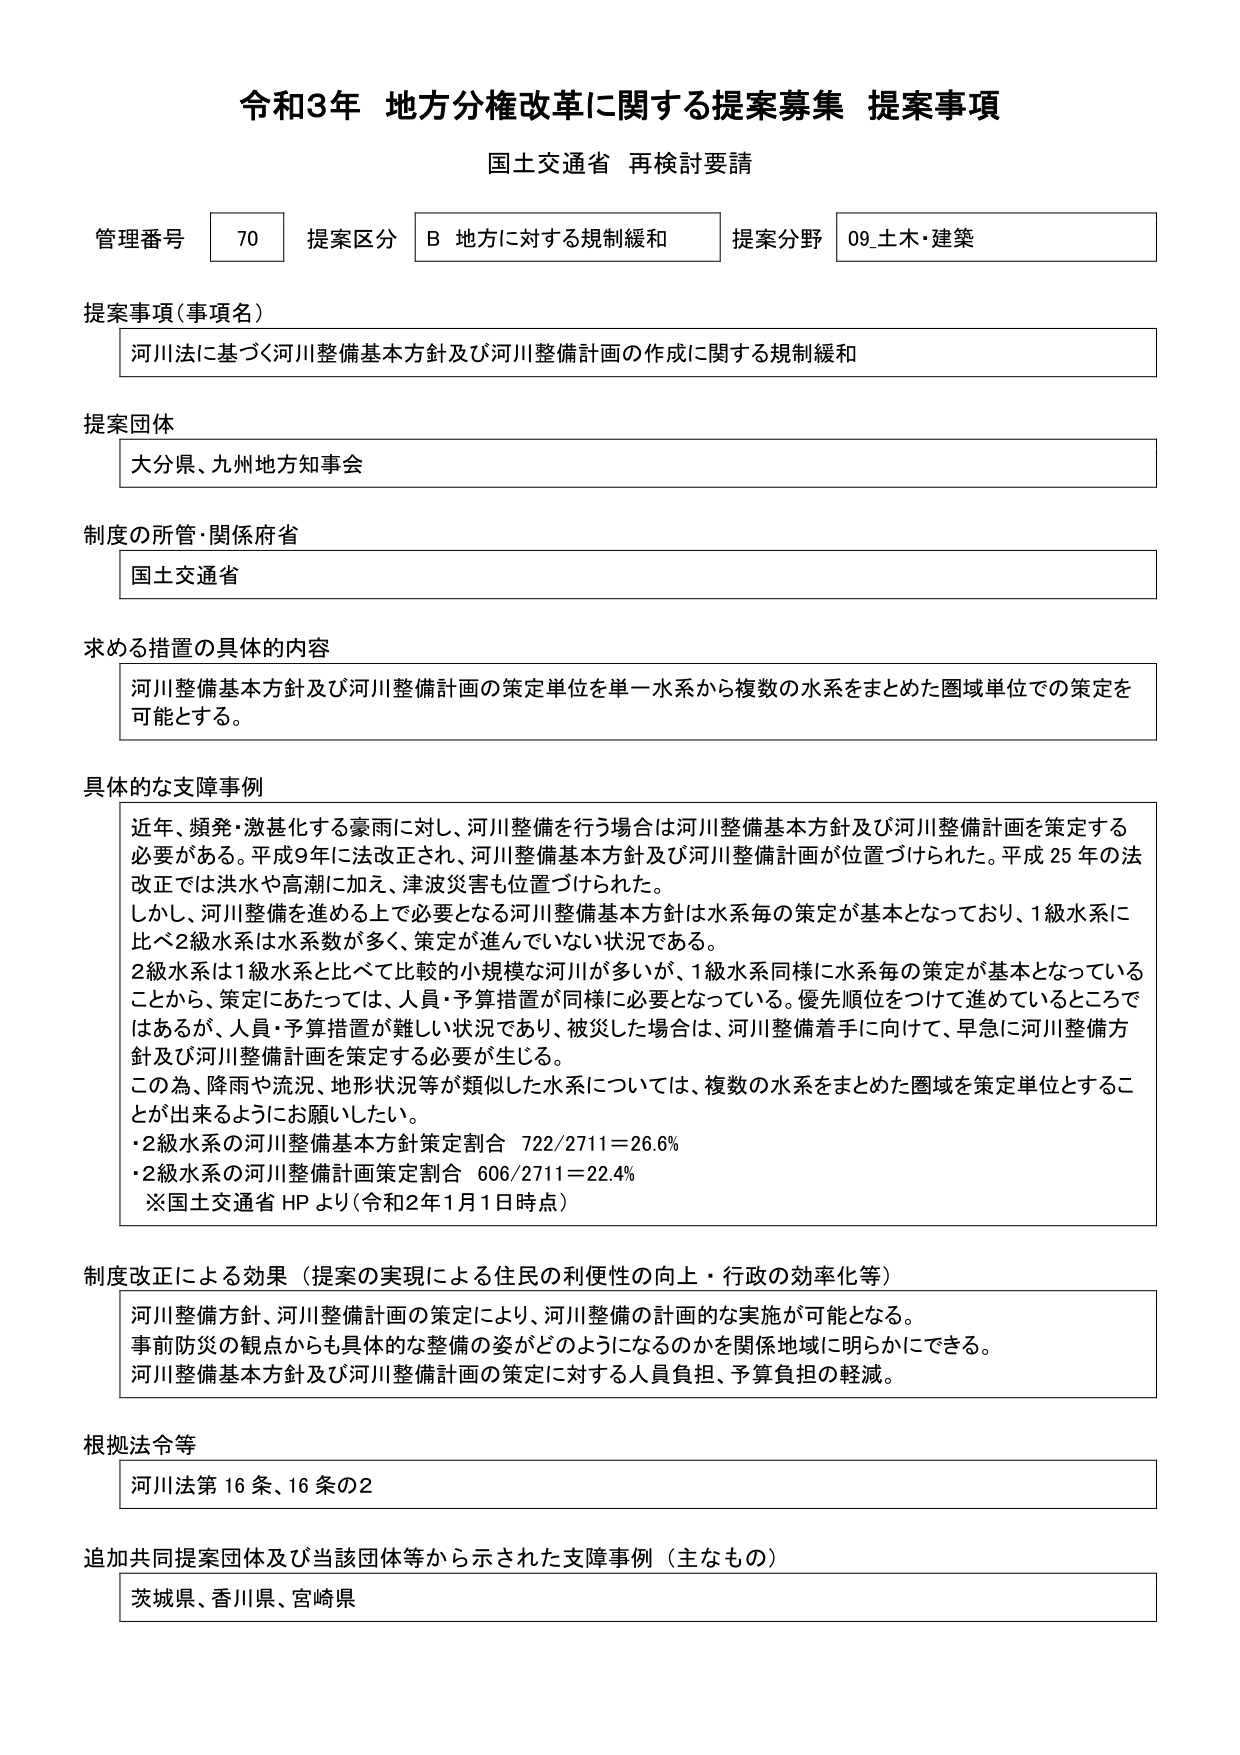
令和3年 地方分権改革に関する提案募集 提案事項
国土交通省 再検討要請

管理番号 70 提案区分 B 地方に対する規制緩和 提案分野 09_土木・建築

提案事項（事項名）
河川法に基づく河川整備基本方針及び河川整備計画の作成に関する規制緩和

提案団体
大分県、九州地方知事会

制度の所管・関係府省
国土交通省

求める措置の具体的内容
河川整備基本方針及び河川整備計画の策定単位を単一水系から複数の水系をまとめた圏域単位での策定を可能とする。

具体的な支障事例
近年、頻発・激甚化する豪雨に対し、河川整備を行う場合は河川整備基本方針及び河川整備計画を策定する必要がある。平成9年に法改正され、河川整備基本方針及び河川整備計画が位置づけられた。平成25年の法改正では洪水や高潮に加え、津波災害も位置づけられた。
しかし、河川整備を進める上で必要となる河川整備基本方針は水系毎の策定が基本となっており、1級水系に比べ2級水系は水系数が多く、策定が進んでいない状況である。
2級水系は1級水系と比べて比較的小規模な河川が多いが、1級水系同様に水系毎の策定が基本となっていることから、策定にあたっては、人員・予算措置が同様に必要となっている。優先順位をつけて進めているところではあるが、人員・予算措置が難しい状況であり、被災した場合は、河川整備着手に向けて、早急に河川整備方針及び河川整備計画を策定する必要が生じる。
この為、降雨や流況、地形状況等が類似した水系については、複数の水系をまとめた圏域を策定単位とすることができるようにお願いしたい。
・2級水系の河川整備基本方針策定割合 722/2711＝26.6%
・2級水系の河川整備計画策定割合 606/2711＝22.4%
※国土交通省 HP より（令和2年1月1日時点）

制度改正による効果（提案の実現による住民の利便性の向上・行政の効率化等）
河川整備方針、河川整備計画の策定により、河川整備の計画的な実施が可能となる。
事前防災の観点からも具体的な整備の姿がどのようになるのかを関係地域に明らかにできる。
河川整備基本方針及び河川整備計画の策定に対する人員負担、予算負担の軽減。

根拠法令等
河川法第16条、16条の2

追加共同提案団体及び当該団体等から示された支障事例（主なもの）
茨城県、香川県、宮崎県